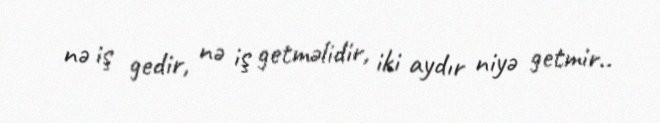
nə iş gedir, nə iş getməlidir, iki aydır niyə getmir..